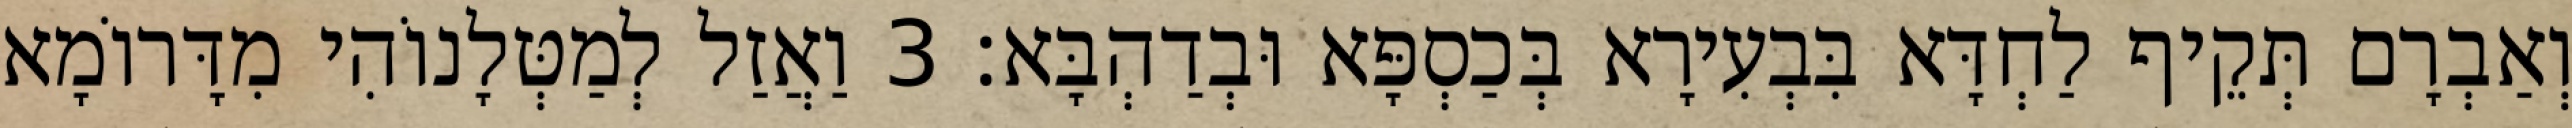
וְאַבְרָם תְּקֵיף לַחְדָּא בִּבְעִירָא בְּכַסְפָּא וּבְדַהְבָּא׃ 3 וַאֲזַל לְמַטְּלָנוֹהִי מִדָּרוֹמָא